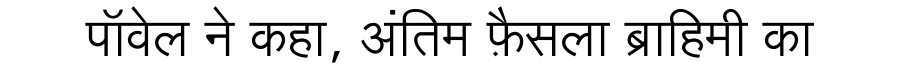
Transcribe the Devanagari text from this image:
पॉवेल ने कहा, अंतिम फ़ैसला ब्राहिमी का